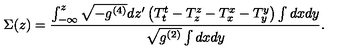
\Sigma ( z ) = \frac { \int _ { - \infty } ^ { z } \sqrt { - g ^ { ( 4 ) } } d z ^ { \prime } \left( T _ { t } ^ { t } - T _ { z } ^ { z } - T _ { x } ^ { x } - T _ { y } ^ { y } \right) \int d x d y } { \sqrt { g ^ { ( 2 ) } } \int d x d y } .